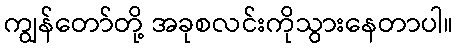
ကျွန်တော်တို့ အခုစလင်းကိုသွားနေတာပါ။